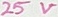
Text: 25V